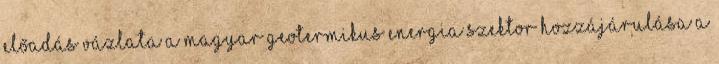
előadás vázlata A magyar geotermikus energia szektor hozzájárulása a